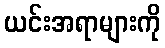
ယင်းအရာများကို